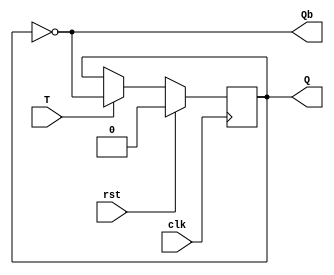
`timescale 1ns / 1ps
//////////////////////////////////////////////////////////////////////////////////
// Company: 
// Engineer: 
// 
// Design Name: 
// Module Name:    T_FF 
// Additional Comments: 
//
//////////////////////////////////////////////////////////////////////////////////

module T_FF (clk, T, rst, Q, Qb);

input clk, T, rst;
output reg Q;
output Qb;

assign Qb=~Q;

always@(posedge clk)
  begin 
   if(rst)
     Q <= 1'b0;
   else 
     begin
       if(T)
         Q <= ~Q;
       else 
         Q <= Q;
     end
  end
endmodule